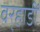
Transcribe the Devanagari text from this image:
वर्‍हाडीं